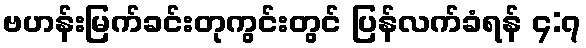
ဗဟန်းမြက်ခင်းတုကွင်းတွင် ပြန်လက်ခံရန် ၄:၇